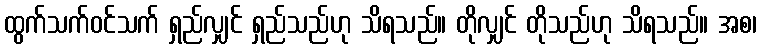
ထွက်သက်ဝင်သက် ရှည်လျှင် ရှည်သည်ဟု သိရသည်။ တိုလျှင် တိုသည်ဟု သိရသည်။ အစ၊